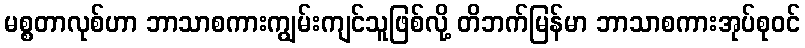
မစ္စတာလုစ်ဟာ ဘာသာစကားကျွမ်းကျင်သူဖြစ်လို့ တိဘက်မြန်မာ ဘာသာစကားအုပ်စုဝင်